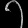
Digit: ၇